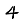
Digit: 4